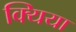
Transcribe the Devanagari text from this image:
क्यिया